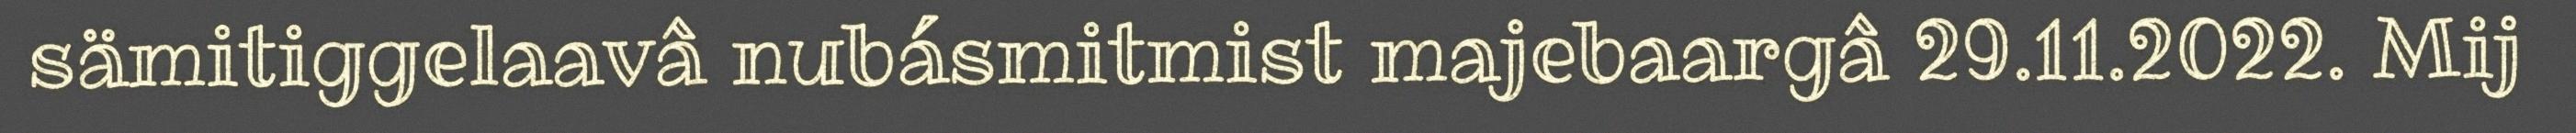
sämitiggelaavâ nubásmitmist majebaargâ 29.11.2022. Mij